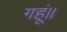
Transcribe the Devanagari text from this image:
गहूं॥